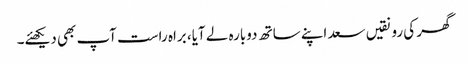
گھر کی رونقیں سعد اپنے ساتھ دوبارہ لے آیا، براہ راست آپ بھی دیکھئے۔